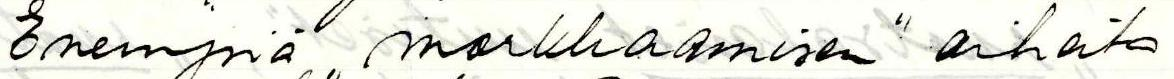
Enempiä ,,morkkaamisen" aiheita